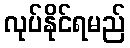
လုပ်နိုင်ရမည်